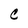
Character: C